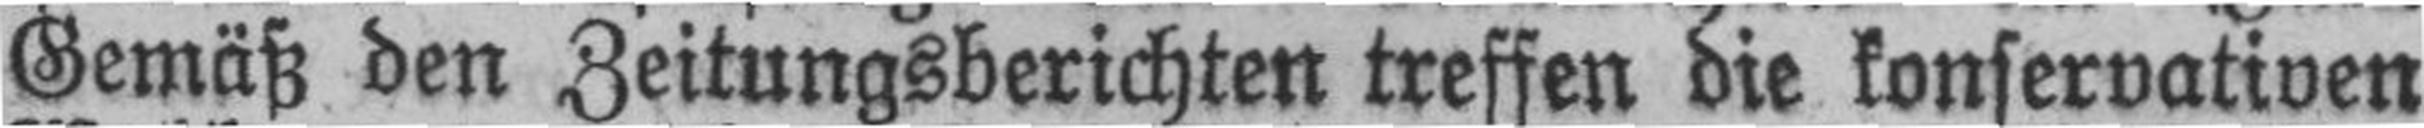
Gemäß den Zeitungsberichten treffen die konservativen